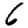
Digit: 6